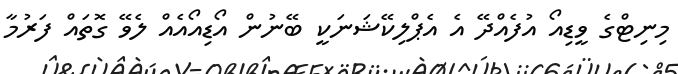
މިނިޓްގެ ވީޑިއޯ އުފެއްދޭ އެ އެޕްލިކޭޝަނަކީ ބޭނުން އޯޑިއޯއެއް ލެވޭ ގޮތައް ފަރުމާ